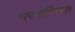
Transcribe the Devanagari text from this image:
भरततिलक